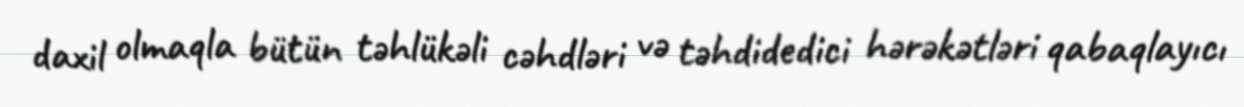
daxil olmaqla bütün təhlükəli cəhdləri və təhdidedici hərəkətləri qabaqlayıcı